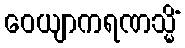
ဝေယျာကရဏသ္မိံ